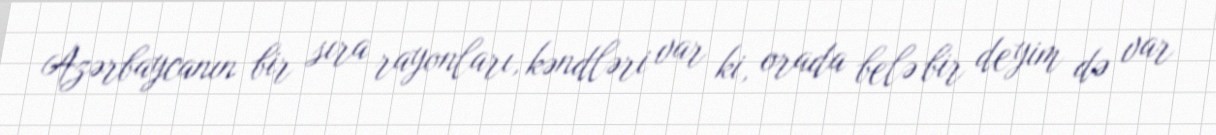
Azərbaycanın bir sıra rayonları, kəndləri var ki, orada belə bir deyim də var